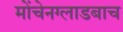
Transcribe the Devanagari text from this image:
मोंचेनग्लाडबाच